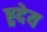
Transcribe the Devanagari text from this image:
ह्र्देय